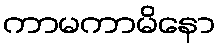
ကာမကာမိနော